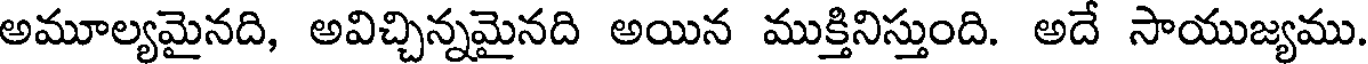
అమూల్యమైనది, అవిచ్చిన్నమైనది అయిన ముక్తినిస్తుంది. అదే సాయుజ్యము.